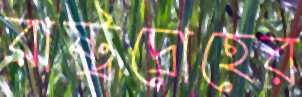
রাষ্ট্রদ্রোহের